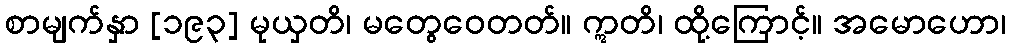
စာမျက်နှာ [၁၉၃] မုယှတိ၊ မတွေဝေတတ်။ ဣတိ၊ ထို့ကြောင့်။ အမောဟော၊